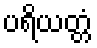
ပရိယတ္တံ